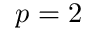
p = 2